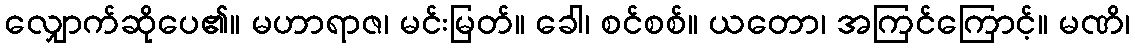
လျှောက်ဆိုပေ၏။ မဟာရာဇ၊ မင်းမြတ်။ ခေါ၊ စင်စစ်။ ယတော၊ အကြင်ကြောင့်။ မဏိ၊